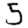
Digit: 5